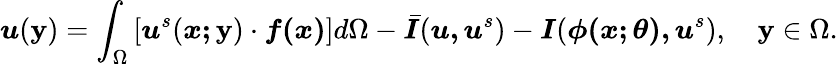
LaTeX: \boldsymbol{u}(\boldsymbol{\mathbf{y}})=\int_{\Omega}\left[\boldsymbol{u}^{s}(\boldsymbol{x;\mathbf{y}})\cdot\boldsymbol{f(x)}\right]d\Omega-\bar{{\boldsymbol{I}}}(\boldsymbol{u,u}^{s})-\boldsymbol{I}(\boldsymbol{\phi(\boldsymbol{x;\theta}),u}^{s}),\quad\boldsymbol{\mathbf{y}}\in\Omega.